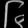
Digit: ၆